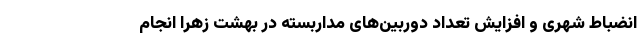
انضباط شهری و افزایش تعداد دوربین‌های مداربسته در بهشت زهرا انجام